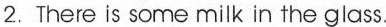
2. There is some milk in the glass.